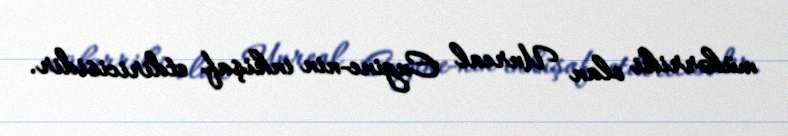
mühərriki olan Unreal Engine-nin inkişaf etdiricisidir.